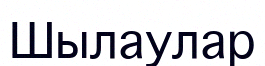
Шылаулар